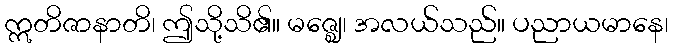
ဣတိဇာနာတိ၊ ဤသို့သိ၏။ မဇ္ဈေ၊ အလယ်သည်။ ပညာယမာနေ၊